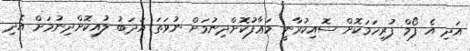
އަދި އެ ފޯމް ފުރިހަމަކޮށް ސޮއިކުރާނީ މަޢާފުކޮށްދިނުމަށް ނުވަތަ އަދަބު ލުއިކޮށްދިނުމަށް އެދި